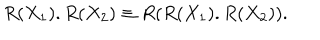
LaTeX: R ( X _ { 1 } ) . R ( X _ { 2 } ) \equiv R ( R ( X _ { 1 } ) . R ( X _ { 2 } ) ) .